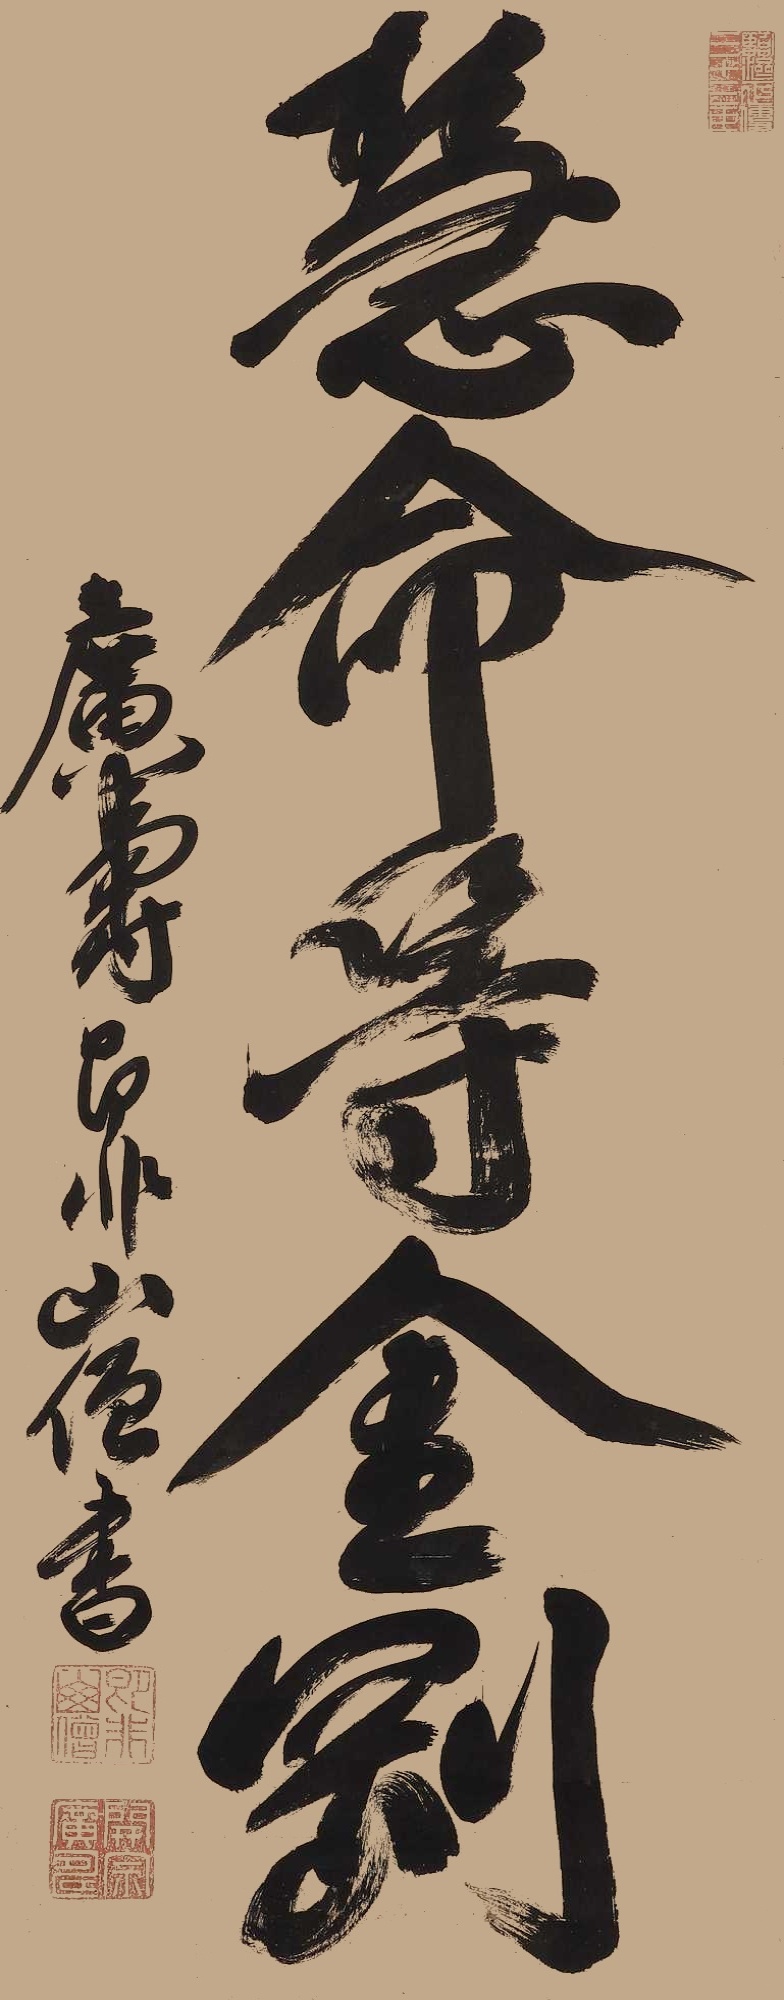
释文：慧命寻金刚广寿即非山僧书。